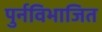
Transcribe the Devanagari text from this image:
पुर्नविभाजित